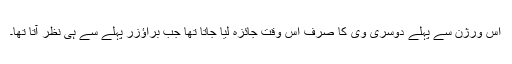
اس ورژن سے پہلے دوسری وی کا صرف اس وقت جائزہ لیا جاتا تھا جب براؤزر پہلے سے ہی نظر آتا تھا۔